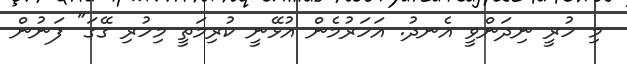
މި ހުރީ ނިދަންވީ އެނދު. އަހަރުމެން އުޅޭނީ ކުރިމަތީ މިހުރި ގޭގަ" ފަނުން